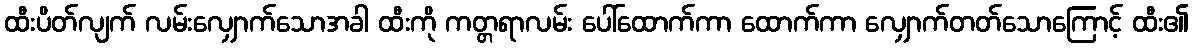
ထီးပိတ်လျက် လမ်းလျှောက်သောအခါ ထီးကို ကတ္တရာလမ်း ပေါ်ထောက်ကာ ထောက်ကာ လျှောက်တတ်သောကြောင့် ထီး၏